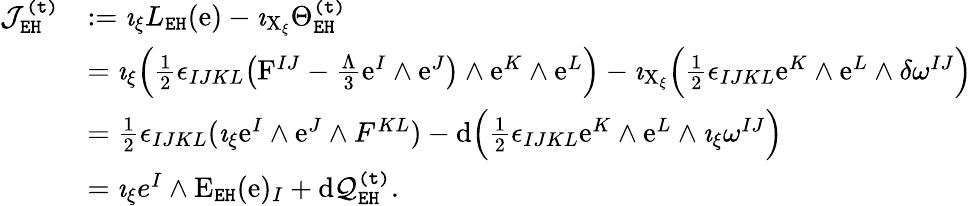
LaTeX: \begin{array}{rl}{\mathcal{J}_{\mathtt{EH}}^{\mathtt{(t)}}}&{:=\imath_{\xi}L_{\mathtt{EH}}(\mathrm{e})-\imath_{\mathrm{X}_{\xi}}\Theta_{\mathtt{EH}}^{\mathtt{(t)}}}\\ &{=\imath_{\xi}\Big(\frac{1}{2}\epsilon_{IJKL}\big(\mathrm{F}^{IJ}-\frac{\Lambda}{3}\mathrm{e}^{I}\wedge\mathrm{e}^{J}\big)\wedge\mathrm{e}^{K}\wedge\mathrm{e}^{L}\Big)-\imath_{\mathrm{X}_{\xi}}\Big(\frac{1}{2}\epsilon_{IJKL}\mathrm{e}^{K}\wedge\mathrm{e}^{L}\wedge\delta\omega^{IJ}\Big)}\\ &{=\frac{1}{2}\epsilon_{IJKL}(\imath_{\xi}\mathrm{e}^{I}\wedge\mathrm{e}^{J}\wedge F^{KL})-\mathrm{d}\Big(\frac{1}{2}\epsilon_{IJKL}\mathrm{e}^{K}\wedge\mathrm{e}^{L}\wedge\imath_{\xi}\omega^{IJ}\Big)}\\ &{=\imath_{\xi}e^{I}\wedge\mathrm{E}_{\mathtt{EH}}(\mathrm{e})_{I}+\mathrm{d}\mathcal{Q}_{\mathtt{EH}}^{\mathtt{(t)}}.}\end{array}